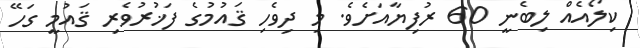
ކިލޯއެއް ލިބެނީ 60 ރުފިޔާއަށެވެ. މި ދިވެހި ޤައުމުގެ ފަޚުރުވެރި ޤައުމީ ގަހޭ